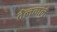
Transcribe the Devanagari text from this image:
तेलवाले